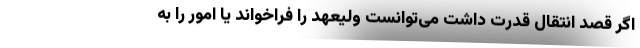
اگر قصد انتقال قدرت داشت می‌توانست ولیعهد را فراخواند یا امور را به